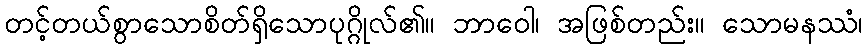
တင့်တယ်စွာသောစိတ်ရှိသောပုဂ္ဂိုလ်၏။ ဘာဝေါ၊ အဖြစ်တည်း။ သောမနဿံ၊